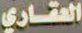
العقاري